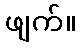
ဖျက်။